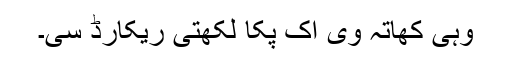
وہی کھاتہ وی اک پکا لکھتی ریکارڈ سی۔